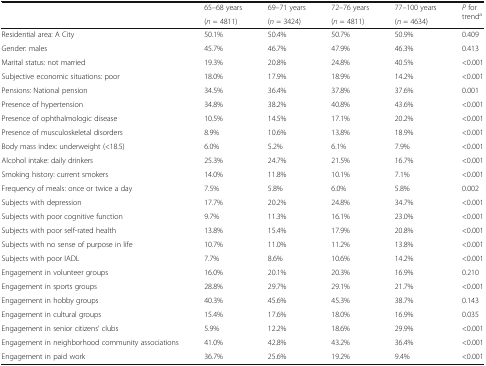
<table><thead><tr><td rowspan="2"></td><td><b>65–68 years</b></td><td><b>69–71 years</b></td><td><b>72–76 years</b></td><td><b>77–100 years</b></td><td rowspan="2"><b><i>P</i> for trend<sup>a</sup></b></td></tr><tr><td><b>(<i>n</i> = 4811)</b></td><td><b>(<i>n</i> = 3424)</b></td><td><b>(<i>n</i> = 4811)</b></td><td><b>(<i>n</i> = 4634)</b></td></tr></thead><tbody><tr><td>Residential area: A City</td><td>50.1%</td><td>50.4%</td><td>50.7%</td><td>50.9%</td><td>0.409</td></tr><tr><td>Gender: males</td><td>45.7%</td><td>46.7%</td><td>47.9%</td><td>46.3%</td><td>0.413</td></tr><tr><td>Marital status: not married</td><td>19.3%</td><td>20.8%</td><td>24.8%</td><td>40.5%</td><td>&lt;0.001</td></tr><tr><td>Subjective economic situations: poor</td><td>18.0%</td><td>17.9%</td><td>18.9%</td><td>14.2%</td><td>&lt;0.001</td></tr><tr><td>Pensions: National pension</td><td>34.5%</td><td>36.4%</td><td>37.8%</td><td>37.6%</td><td>0.001</td></tr><tr><td>Presence of hypertension</td><td>34.8%</td><td>38.2%</td><td>40.8%</td><td>43.6%</td><td>&lt;0.001</td></tr><tr><td>Presence of ophthalmologic disease</td><td>10.5%</td><td>14.5%</td><td>17.1%</td><td>20.2%</td><td>&lt;0.001</td></tr><tr><td>Presence of musculoskeletal disorders</td><td>8.9%</td><td>10.6%</td><td>13.8%</td><td>18.9%</td><td>&lt;0.001</td></tr><tr><td>Body mass index: underweight (&lt;18.5)</td><td>6.0%</td><td>5.2%</td><td>6.1%</td><td>7.9%</td><td>&lt;0.001</td></tr><tr><td>Alcohol intake: daily drinkers</td><td>25.3%</td><td>24.7%</td><td>21.5%</td><td>16.7%</td><td>&lt;0.001</td></tr><tr><td>Smoking history: current smokers</td><td>14.0%</td><td>11.8%</td><td>10.1%</td><td>7.1%</td><td>&lt;0.001</td></tr><tr><td>Frequency of meals: once or twice a day</td><td>7.5%</td><td>5.8%</td><td>6.0%</td><td>5.8%</td><td>0.002</td></tr><tr><td>Subjects with depression</td><td>17.7%</td><td>20.2%</td><td>24.8%</td><td>34.7%</td><td>&lt;0.001</td></tr><tr><td>Subjects with poor cognitive function</td><td>9.7%</td><td>11.3%</td><td>16.1%</td><td>23.0%</td><td>&lt;0.001</td></tr><tr><td>Subjects with poor self-rated health</td><td>13.8%</td><td>15.4%</td><td>17.9%</td><td>20.8%</td><td>&lt;0.001</td></tr><tr><td>Subjects with no sense of purpose in life</td><td>10.7%</td><td>11.0%</td><td>11.2%</td><td>13.8%</td><td>&lt;0.001</td></tr><tr><td>Subjects with poor IADL</td><td>7.7%</td><td>8.6%</td><td>10.6%</td><td>14.2%</td><td>&lt;0.001</td></tr><tr><td>Engagement in volunteer groups</td><td>16.0%</td><td>20.1%</td><td>20.3%</td><td>16.9%</td><td>0.210</td></tr><tr><td>Engagement in sports groups</td><td>28.8%</td><td>29.7%</td><td>29.1%</td><td>21.7%</td><td>&lt;0.001</td></tr><tr><td>Engagement in hobby groups</td><td>40.3%</td><td>45.6%</td><td>45.3%</td><td>38.7%</td><td>0.143</td></tr><tr><td>Engagement in cultural groups</td><td>15.4%</td><td>17.6%</td><td>18.0%</td><td>16.9%</td><td>0.035</td></tr><tr><td>Engagement in senior citizens’ clubs</td><td>5.9%</td><td>12.2%</td><td>18.6%</td><td>29.9%</td><td>&lt;0.001</td></tr><tr><td>Engagement in neighborhood community associations</td><td>41.0%</td><td>42.8%</td><td>43.2%</td><td>36.4%</td><td>&lt;0.001</td></tr><tr><td>Engagement in paid work</td><td>36.7%</td><td>25.6%</td><td>19.2%</td><td>9.4%</td><td>&lt;0.001</td></tr></tbody></table>